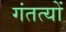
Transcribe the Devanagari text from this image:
गंतत्‍यों